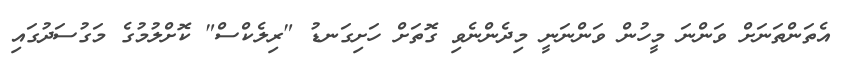
އެތަންތަނަށް ވަންނަ މީހުން ވަންނަނީ މިދެންނެވި ގޮތަށް ހަށިގަނޑު "ރިލެކްސް" ކޮށްލުމުގެ މަގުސަދުގައި